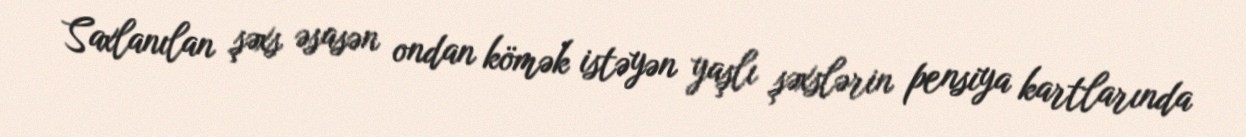
Saxlanılan şəxs əsasən ondan kömək istəyən yaşlı şəxslərin pensiya kartlarında